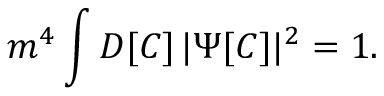
m ^ { 4 } \int D [ C ] \, \vert \Psi [ C ] \vert ^ { 2 } = 1 .